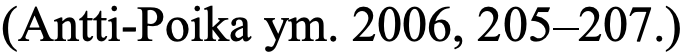
(Antti-Poika ym. 2006, 205–207.)